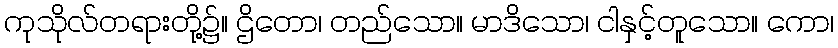
ကုသိုလ်တရားတို့၌။ ဌိတော၊ တည်သော။ မာဒိသော၊ ငါနှင့်တူသော။ ကော၊